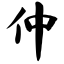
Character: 仲